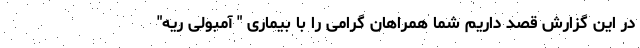
در این گزارش قصد داریم شما همراهان گرامی را با بیماری " آمبولی ریه"